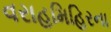
વરાહમિહિરના